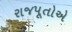
રાજપૂતોએ